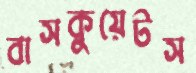
বাসকুয়েটস